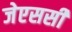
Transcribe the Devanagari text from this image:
जेएससी